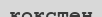
кокстен